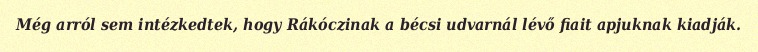
Még arról sem intézkedtek, hogy Rákóczinak a bécsi udvarnál lévő fiait apjuknak kiadják.